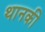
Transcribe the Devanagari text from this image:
थानकी